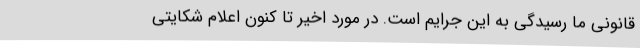
قانونی ما رسیدگی به این جرایم است. در مورد اخیر تا کنون اعلام شکایتی